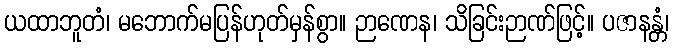
ယထာဘူတံ၊ မဘောက်မပြန်ဟုတ်မှန်စွာ။ ဉာဏေန၊ သိခြင်းဉာဏ်ဖြင့်။ ပဇာနန္တံ၊